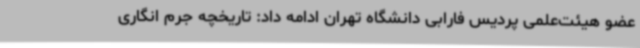
عضو هیئت‌علمی پردیس فارابی دانشگاه تهران ادامه داد: تاریخچه جرم انگاری